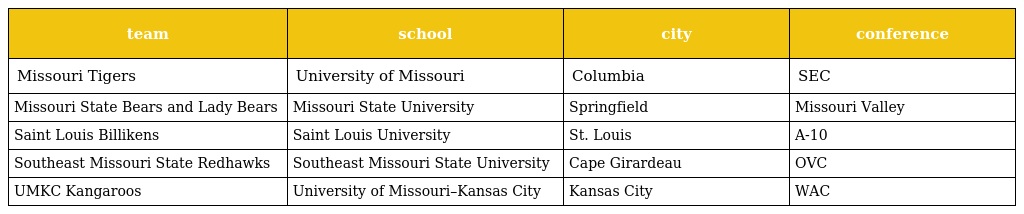
| team | school | city | conference |
 | --- | --- | --- | --- |
 | Missouri Tigers | University of Missouri | Columbia | SEC |
 | Missouri State Bears and Lady Bears | Missouri State University | Springfield | Missouri Valley |
 | Saint Louis Billikens | Saint Louis University | St. Louis | A-10 |
 | Southeast Missouri State Redhawks | Southeast Missouri State University | Cape Girardeau | OVC |
 | UMKC Kangaroos | University of Missouri–Kansas City | Kansas City | WAC |